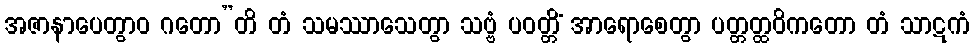
အဇာနာပေတွာဝ ဂတော”တိ တံ သမဿာသေတွာ သဗ္ဗံ ပဝတ္တိံ အာရောစေတွာ ပတ္တတ္ထဝိကတော တံ သာဋကံ